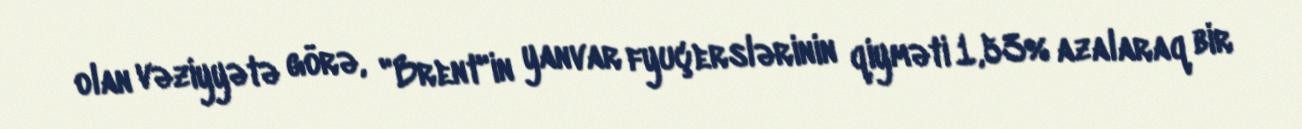
olan vəziyyətə görə, "Brent"in yanvar fyuçerslərinin qiyməti 1,53% azalaraq bir